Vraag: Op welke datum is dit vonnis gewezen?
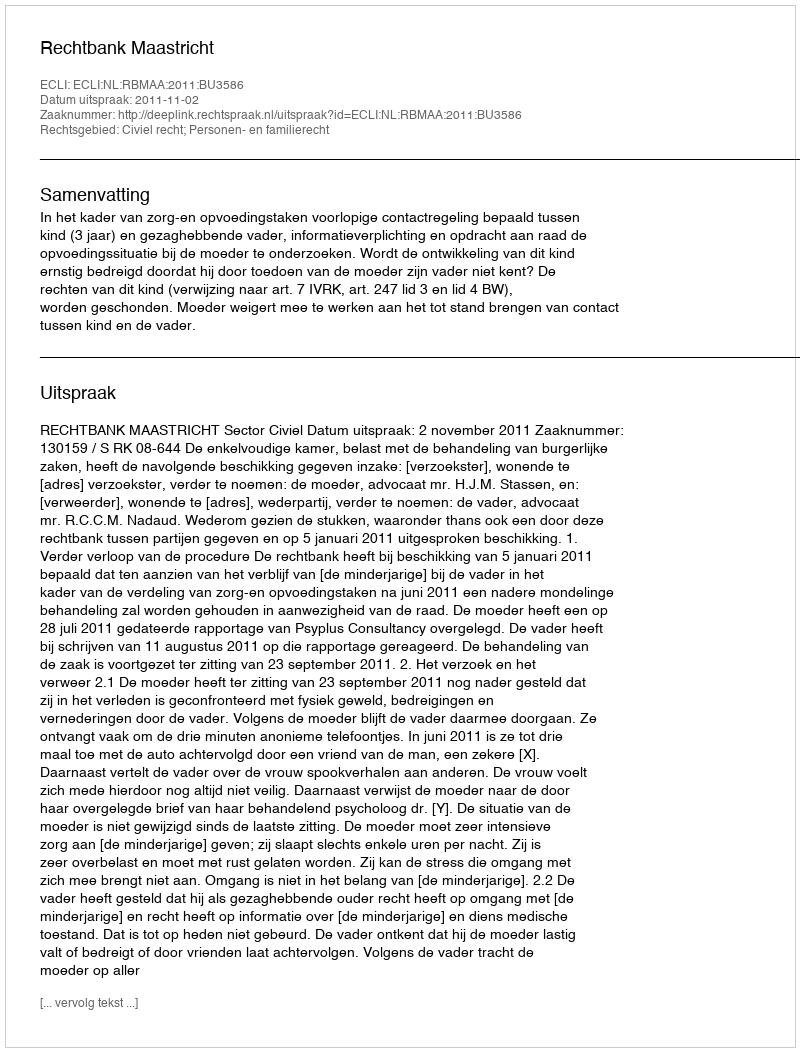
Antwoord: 2011-11-02